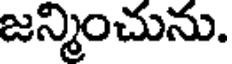
జన్మించును.